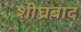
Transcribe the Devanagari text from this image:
शीघ्रबाद